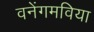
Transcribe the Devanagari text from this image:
वनेंगमविया